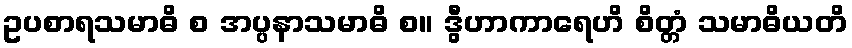
ဥပစာရသမာဓိ စ အပ္ပနာသမာဓိ စ။ ဒွီဟာကာရေဟိ စိတ္တံ သမာဓိယတိ